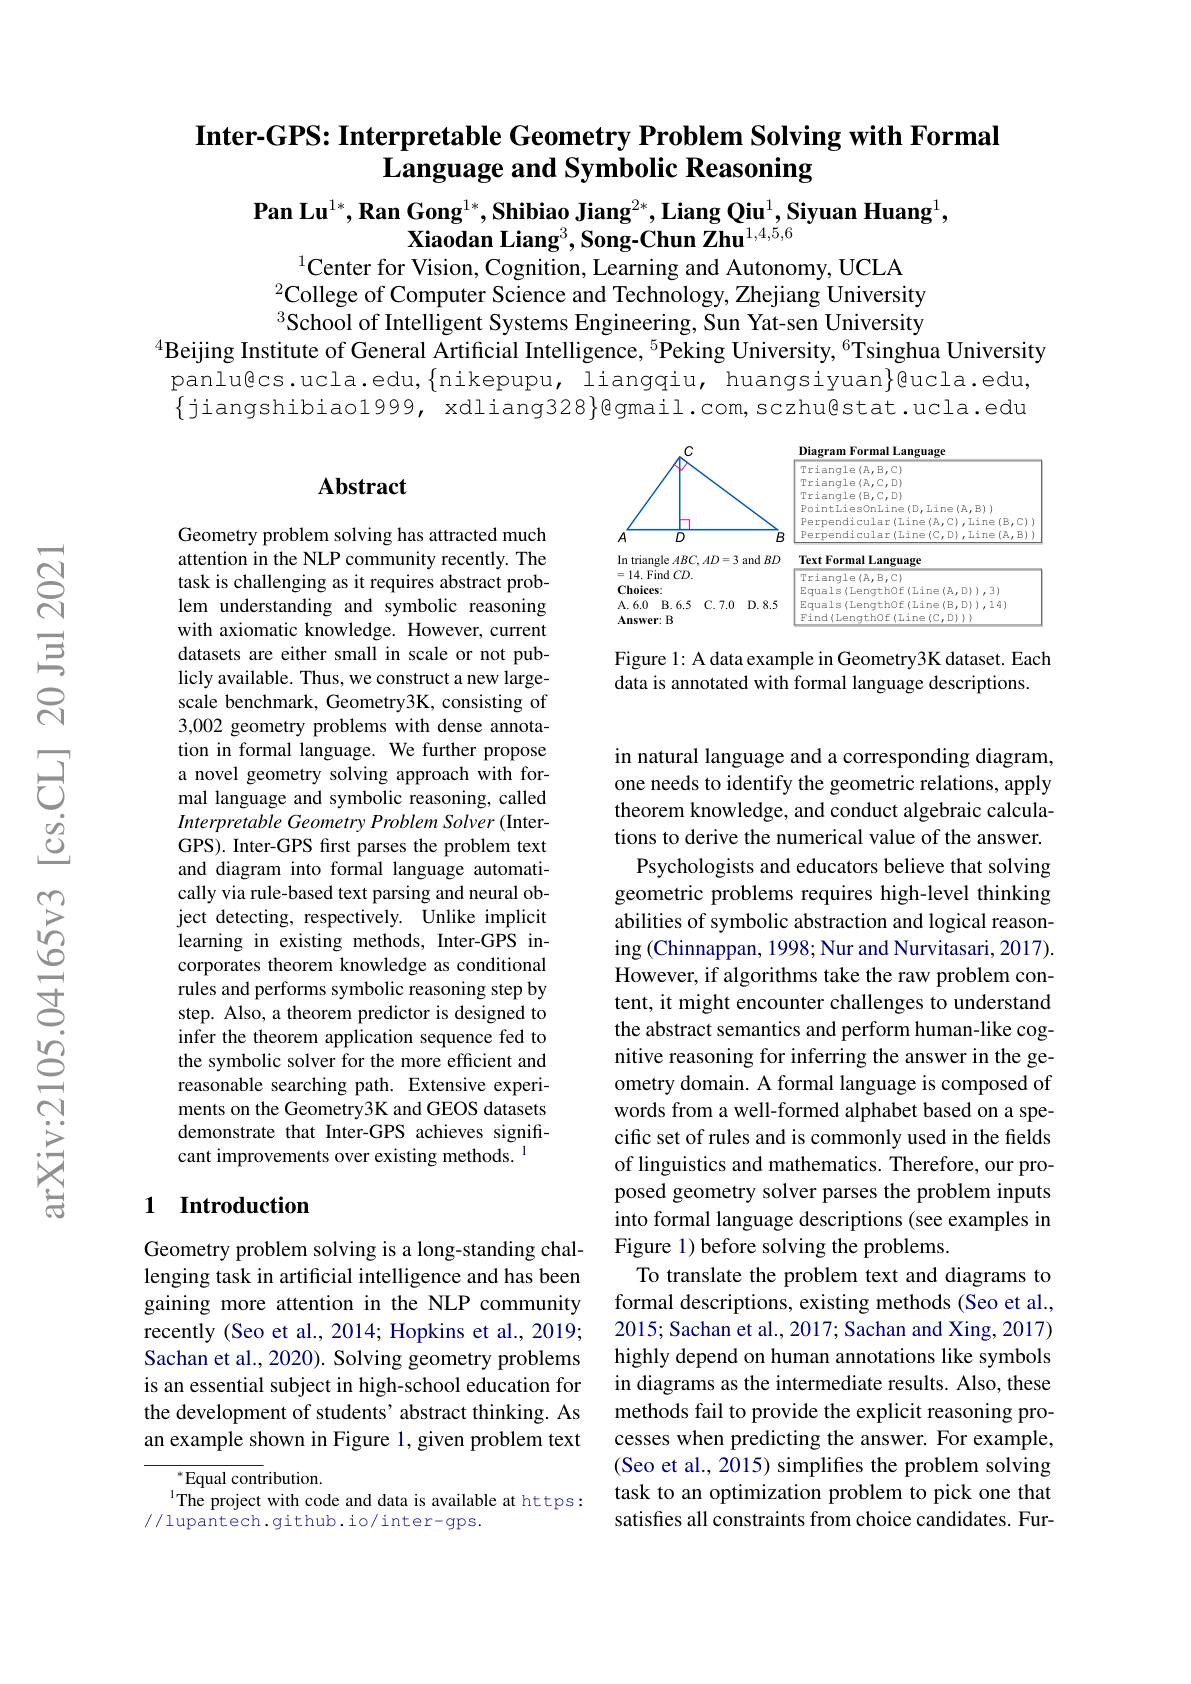
## Inter-GPS: Interpretable Geometry Problem Solving with Formal $\bar{\textbf{Language and Symbolic Reasoning}}$

$\textbf{Pan Lu}^{1*},\textbf{Ran Gong}^{1*},\textbf{Shibiao Jiang}^{2*},\textbf{Liang Qiu}^{1},\textbf{Siyuan Huang}^{1}$,
Xiaodan Liang$^3,\textbf{Song-Chun Zhu}^{1,4,5,6}$
$^{1}$Center for Vision, Cognition, Learning and Autonomy, UCLA

$^2$College of Computer Science and Technology, Zhejiang University $^{3}\tilde{\text{School of Intelligent Systems Engineering, Sun Yat-sen University}}$
$^{4}$Beijing Institute of General Artificial Intelligence, $^{5}$Peking University, $^{6}$Tsinghua University
$panlu@cs.ucla.edu,\{nikepupu, liangqiu, huangsiyuan\}@ucla.edu$ $\{$jiangshibiao1999, xdliang328}@gmail.com,sczhu@stat.ucla.edu

## Abstract

<FigureHere>

Figure 1: A data example in Geometry3K dataset. Each
data is annotated with formal language descriptions.

Geometry problem solving has attracted much attention in the NLP community recently. The task is challenging as it requires abstract problem understanding and symbolic reasoning with axiomatic knowledge. However, current datasets are either small in scale or not publicly available. Thus, we construct a new largescale benchmark, Geometry3K, consisting of 3,002 geometry problems with dense annotation in formal language. We further propose a novel geometry solving approach with formal language and symbolic reasoning, called Interpretable Geometry Problem Solver (InterGPS). Inter-GPS frst parses the problem text and diagram into formal language automatically via rule-based text parsing and neural object detecting, respectively. Unlike implicit learning in existing methods, Inter-GPS incorporates theorem knowledge as conditional rules and performs symbolic reasoning step by step. Also, a theorem predictor is designed to infer the theorem application sequence fed to the symbolic solver for the more efficient and reasonable searching path. Extensive experiments on the Geometry3K and GEOS datasets demonstrate that Inter-GPS achieves significant improvements over existing methods. 1

in natural language and a corresponding diagram, one needs to identify the geometric relations, apply theorem knowledge, and conduct algebraic calculations to derive the numerical value of the answer. Psychologists and educators believe that solving geometric problems requires high-level thinking abilities of symbolic abstraction and logical reasoning (Chinnappan, 1998; Nur and Nurvitasari, 2017). However, if algorithms take the raw problem content, it might encounter challenges to understand the abstract semantics and perform human-like cognitive reasoning for inferring the answer in the geometry domain. A formal language is composed of words from a well-formed alphabet based on a specific set of rules and is commonly used in the fields of linguistics and mathematics. Therefore, our proposed geometry solver parses the problem inputs into formal language descriptions (see examples in Figure 1) before solving the problems.
To translate the problem text and diagrams to formal descriptions, existing methods (Seo et al., 2015; Sachan et al., 2017; Sachan and Xing, 2017) highly depend on human annotations like symbols in diagrams as the intermediate results. Also, these methods fail to provide the explicit reasoning processes when predicting the answer. For example, (Seo et al., 2015) simplifies the problem solving task to an optimization problem to pick one that satisfies all constraints from choice candidates. Fur-

## 1 Introduction

Geometry problem solving is a long-standing challenging task in artificial intelligence and has been gaining more attention in the NLP community recently (Seo et al., 2014; Hopkins et al., 2019; Sachan et al., 2020). Solving geometry problems is an essential subject in high-school education for the development of students' abstract thinking. As an example shown in Figure 1, given problem text

$^{*}$Equal contribution.
The project with code and data is available at https:
//lupantech.github.io/inter-gps.